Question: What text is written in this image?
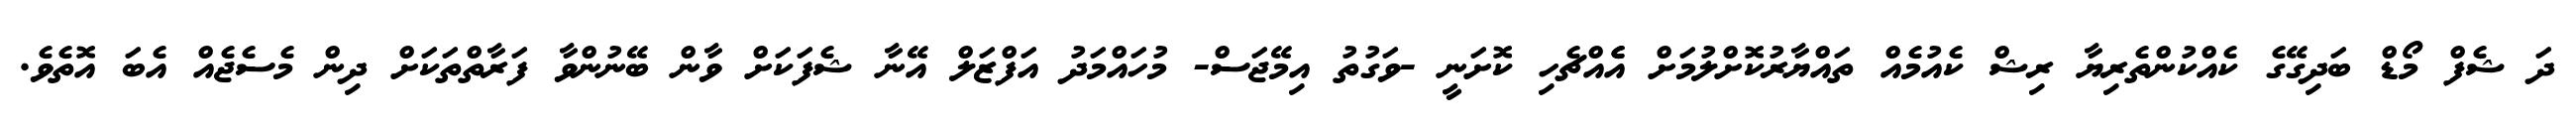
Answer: ދަ ޝެފް މޯޑް ބަދިގޭގެ ކެއްކުންތެރިޔާ ރިޝް ކެއުމެއް ތައްޔާރުކޮށްލުމަށް އެެއްޗެހި ކޮށަނީ -ވަގުތު އިމޭޖަސް- މުހައްމަދު އަފްޒަލް އޭނާ ޝެފަކަށް ވާން ބޭނުންވާ ފަރާތްތަކަށް ދިން މެސެޖެއް އެބަ އޮތެވެ.